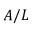
A / L